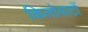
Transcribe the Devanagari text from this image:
किलोवाटों